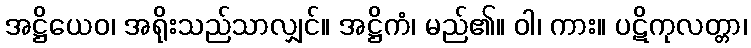
အဋ္ဌိယေဝ၊ အရိုးသည်သာလျှင်။ အဋ္ဌိကံ၊ မည်၏။ ဝါ၊ ကား။ ပဋိကုလတ္တာ၊